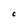
Character: C